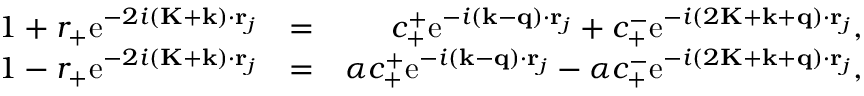
\begin{array} { r l r } { 1 + r _ { + } \mathrm { e } ^ { - 2 i ( \mathbf { K } + \mathbf { k } ) \cdot \mathbf { r } _ { j } } } & { = } & { c _ { + } ^ { + } \mathrm { e } ^ { - i ( \mathbf { k } - \mathbf { q } ) \cdot \mathbf { r } _ { j } } + c _ { + } ^ { - } \mathrm { e } ^ { - i ( 2 \mathbf { K } + \mathbf { k } + \mathbf { q } ) \cdot \mathbf { r } _ { j } } , } \\ { 1 - r _ { + } \mathrm { e } ^ { - 2 i ( \mathbf { K } + \mathbf { k } ) \cdot \mathbf { r } _ { j } } } & { = } & { \alpha c _ { + } ^ { + } \mathrm { e } ^ { - i ( \mathbf { k } - \mathbf { q } ) \cdot \mathbf { r } _ { j } } - \alpha c _ { + } ^ { - } \mathrm { e } ^ { - i ( 2 \mathbf { K } + \mathbf { k } + \mathbf { q } ) \cdot \mathbf { r } _ { j } } , } \end{array}